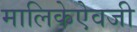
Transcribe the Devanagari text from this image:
मालिकेऐवजी